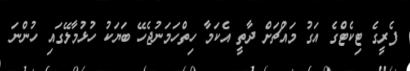
ފެރީގެ ޓިކެޓްގެ އަގު މައްޗަށް ދާތީ އެކަމާ ހިތްހަމަނުޖެހޭ ބަޔަކު ހުޅުމާލޭގައި ހުންނަ